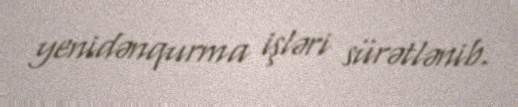
yenidənqurma işləri sürətlənib.